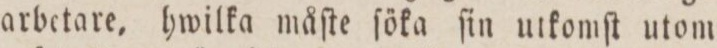
arbetare, hwilka måſte ſöka ſin utkomſt utom